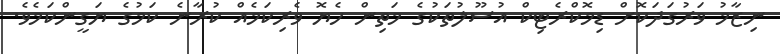
ނިޒާމު ވަރުގަދަކޮށް ޑިމޮކްރެޓިކް އުސޫލުތަކުގެ މަތިން ހެޔޮ ވެރިކަމެއް ކުރާނެ ކަމުގެ ޔަގީންކަމެވެ.